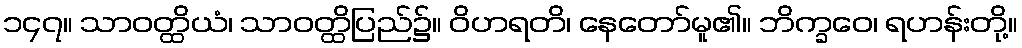
၁၄၇။ သာဝတ္ထိယံ၊ သာဝတ္ထိပြည်၌။ ဝိဟရတိ၊ နေတော်မူ၏။ ဘိက္ခဝေ၊ ရဟန်းတို့။